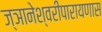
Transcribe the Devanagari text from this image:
ज्ञानेश्वरीपारायणास